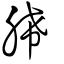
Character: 脪